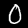
Digit: 0